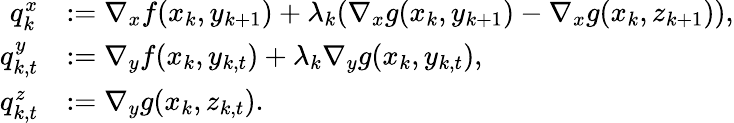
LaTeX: \begin{array}{rl}{q_{k}^{x}}&{:=\nabla_{x}f(x_{k},y_{k+1})+\lambda_{k}(\nabla_{x}g(x_{k},y_{k+1})-\nabla_{x}g(x_{k},z_{k+1})),}\\ {q_{k,t}^{y}}&{:=\nabla_{y}f(x_{k},y_{k,t})+\lambda_{k}\nabla_{y}g(x_{k},y_{k,t}),}\\ {q_{k,t}^{z}}&{:=\nabla_{y}g(x_{k},z_{k,t}).}\end{array}